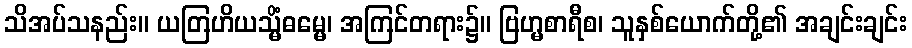
သိအပ်သနည်း။ ယတြဟိယသ္မိံဓမ္မေ၊ အကြင်တရား၌။ ဗြဟ္မစာရီစ၊ သူနှစ်ယောက်တို့၏ အချင်းချင်း